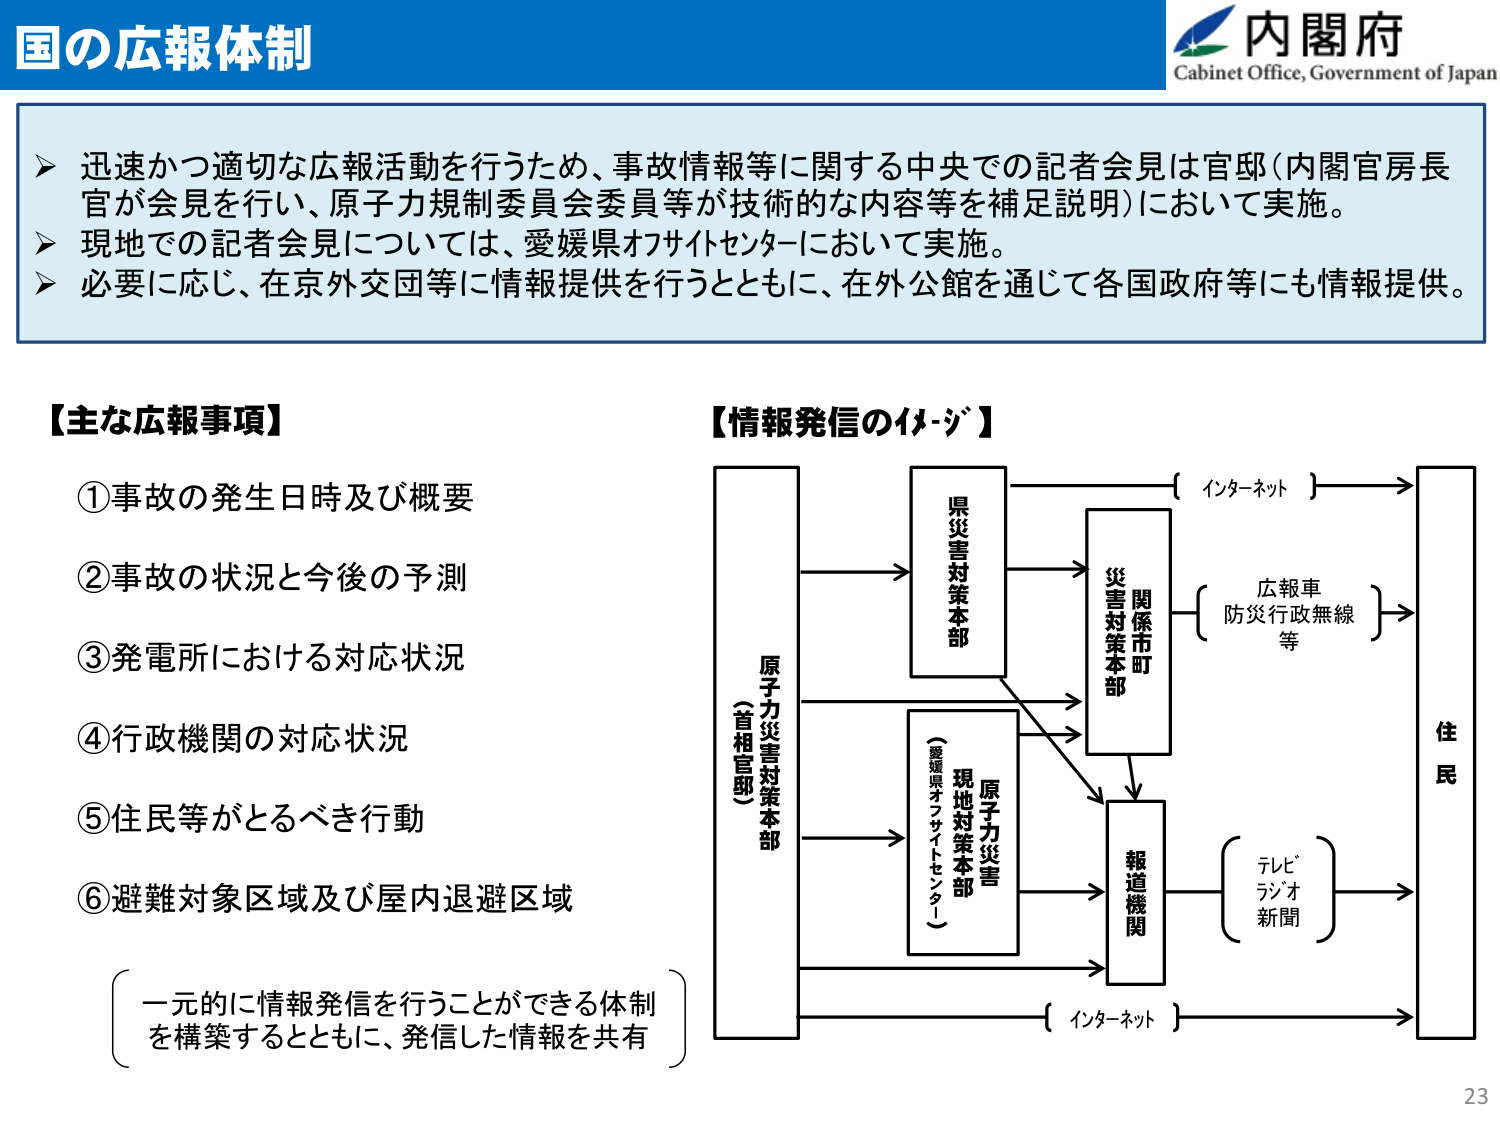
国の広報体制

内閣府
Cabinet Office, Government of Japan

▶ 迅速かつ適切な広報活動を行うため、事故情報等に関する中央での記者会見は官邸（内閣官房長官が会見を行い、原子力規制委員会委員等が技術的な内容等を補足説明）において実施。
▶ 現地での記者会見については、愛媛県オフサイトセンターにおいて実施。
▶ 必要に応じ、在京外交団等に情報提供を行うとともに、在外公館を通じて各国政府等にも情報提供。

【主な広報事項】
①事故の発生日時及び概要
②事故の状況と今後の予測
③発電所における対応状況
④行政機関の対応状況
⑤住民等がとるべき行動
⑥避難対象区域及び屋内退避区域

（一元的に情報発信を行うことができる体制を構築するとともに、発信した情報を共有）

【情報発信のイメージ】

原子力災害対策本部
（首相官邸）

県災害対策本部

関係市町
災害対策本部

原子力災害
現地対策本部
（愛媛県オフサイトセンター）

報道機関

インターネット

広報車
防災行政無線
等

テレビ
ラジオ
新聞

住民

インターネット

23